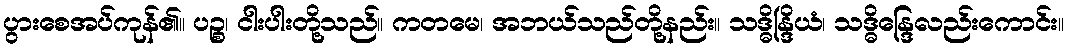
ပွားစေအပ်ကုန်၏။ ပဉ္စ၊ ငါးပါးတို့သည်။ ကတမေ၊ အဘယ်သည်တို့နည်း။ သဒ္ဓိန္ဒြိယံ၊ သဒ္ဓိန္ဒြေလည်းကောင်း။